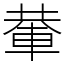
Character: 輂